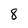
Character: 8